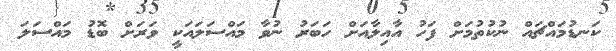
ކަނޑުމައްޗައް ނުކުތުމަށް ފަހު އާއިލާއަށް ހަބަރު ނުވާ މައްސަލައަކީ ވަރަށް ބޮޑު މައްސަލަ